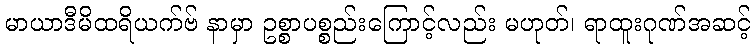
မာယာဒီမိထရိယက်ဗ် နာမှာ ဥစ္စာပစ္စည်းကြောင့်လည်း မဟုတ်၊ ရာထူးဂုဏ်အဆင့်